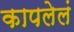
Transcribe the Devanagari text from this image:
कापलेलं